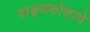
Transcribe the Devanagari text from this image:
वाङ्मयकोशाचे